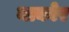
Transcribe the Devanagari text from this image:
नाकोर